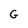
Character: G